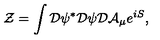
{ \cal Z } = \int { \cal D } \psi ^ { * } { \cal D } \psi { \cal D } { \cal A } _ { \mu } e ^ { i S } ,